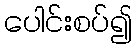
ပေါင်းစပ်၍